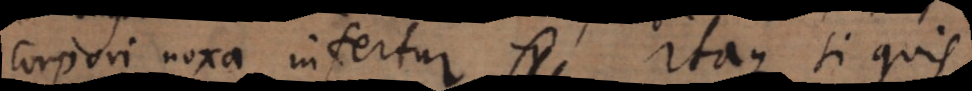
corpori noxa infertur.:) Itaque si quis